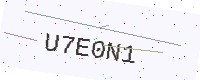
Text: U7E0N1